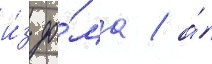
и́з до́ма / а́